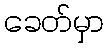
ခေတ်မှာ